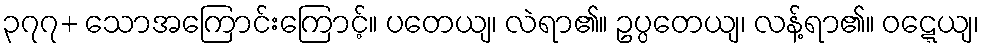
၃၇၇+ သောအကြောင်းကြောင့်။ ပတေယျ၊ လဲရာ၏။ ဥပ္ပတေယျ၊ လန့်ရာ၏။ ဝဋ္ဋေယျ၊